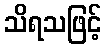
သိရသဖြင့်